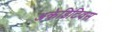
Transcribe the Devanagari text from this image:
अक्रेडिटिवस